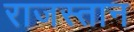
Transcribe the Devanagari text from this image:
राजस्तान